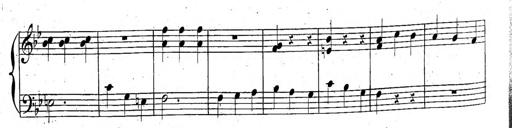
Title: 6 Sonatinen, Op.95
Composer: Ferdinand Hiller
Key: Various